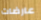
عارضات